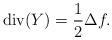
LaTeX: \begin{align*} {\rm div}(Y) = \frac{1}{2} \Delta f.\end{align*}